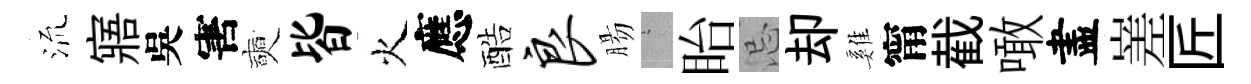
𣴑寤吳害奭皆火應酷良腸搖眙忌却雞甯截噉盡嵳匠